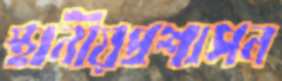
স্থানীয়প্রশাসন